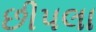
છીપલા